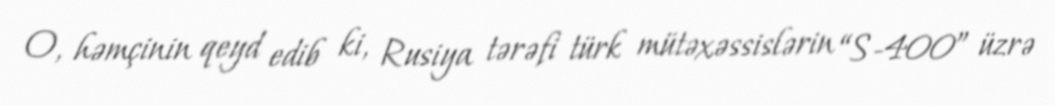
O, həmçinin qeyd edib ki, Rusiya tərəfi türk mütəxəssislərin “S-400” üzrə